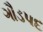
ગૌડપદ